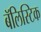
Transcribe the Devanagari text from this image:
बॅलिस्टिक